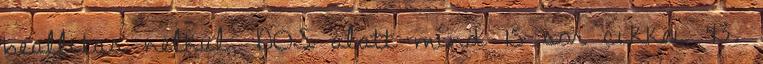
beallitas nelkul, DOS alatt mind 15 sor cikkei 43.